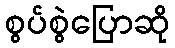
စွပ်စွဲပြောဆို